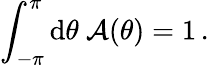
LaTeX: \int_{-\pi}^{\pi}\mathrm{d}\theta\ \mathcal{A}(\theta)=1\, .